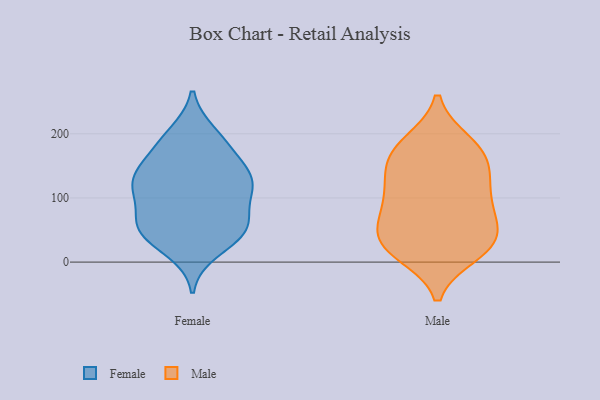
{"axis": {"x": "Latency (ms)", "y": "Value"}, "legend": ["Female", "Male"], "data": [{"x": "", "y": 95, "type": "Female"}, {"x": "", "y": 118, "type": "Female"}, {"x": "", "y": 120, "type": "Female"}, {"x": "", "y": 47, "type": "Female"}, {"x": "", "y": 50, "type": "Female"}, {"x": "", "y": 121, "type": "Female"}, {"x": "", "y": 58, "type": "Female"}, {"x": "", "y": 130, "type": "Female"}, {"x": "", "y": 200, "type": "Female"}, {"x": "", "y": 194, "type": "Female"}, {"x": "", "y": 18, "type": "Female"}, {"x": "", "y": 165, "type": "Female"}, {"x": "", "y": 134, "type": "Female"}, {"x": "", "y": 61, "type": "Female"}, {"x": "", "y": 127, "type": "Female"}, {"x": "", "y": 61, "type": "Female"}, {"x": "", "y": 40, "type": "Female"}, {"x": "", "y": 173, "type": "Female"}, {"x": "", "y": 187, "type": "Male"}, {"x": "", "y": 118, "type": "Male"}, {"x": "", "y": 177, "type": "Male"}, {"x": "", "y": 27, "type": "Male"}, {"x": "", "y": 26, "type": "Male"}, {"x": "", "y": 185, "type": "Male"}, {"x": "", "y": 33, "type": "Male"}, {"x": "", "y": 150, "type": "Male"}, {"x": "", "y": 90, "type": "Male"}, {"x": "", "y": 16, "type": "Male"}, {"x": "", "y": 68, "type": "Male"}, {"x": "", "y": 47, "type": "Male"}, {"x": "", "y": 153, "type": "Male"}, {"x": "", "y": 93, "type": "Male"}, {"x": "", "y": 60, "type": "Male"}, {"x": "", "y": 147, "type": "Male"}, {"x": "", "y": 111, "type": "Male"}, {"x": "", "y": 13, "type": "Male"}]}